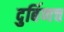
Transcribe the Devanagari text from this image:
दुर्बिणच